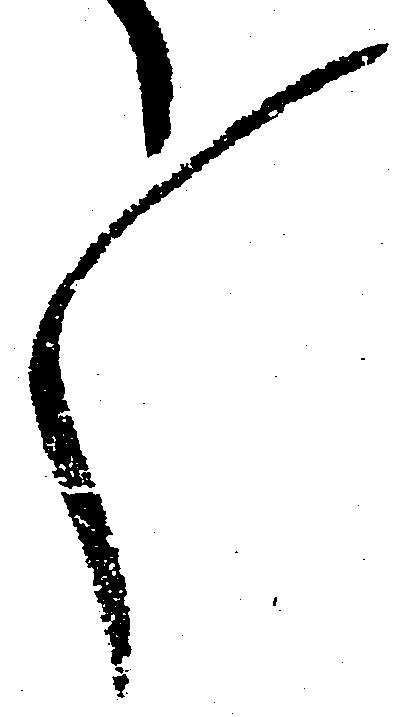
々